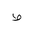
Letter: _da